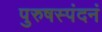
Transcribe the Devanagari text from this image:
पुरुषस्पंदनं